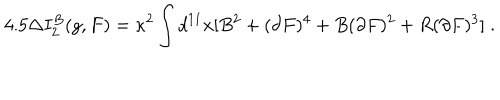
4 . 5 \Delta I _ { 2 } ^ { B } ( g , F ) = \kappa ^ { 2 } \int d ^ { 1 1 } x [ B ^ { 2 } + ( \partial F ) ^ { 4 } + B ( \partial F ) ^ { 2 } + R ( \partial F ) ^ { 3 } ] \; .